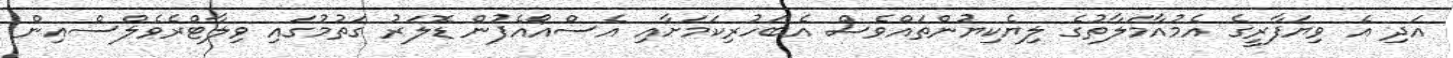
އަދި އެ ވިޔަފާރީގެ އެމުއާމަލާތުގެ ލިޔެކިޔުންތައްވެސް އެބަހުރިކަމަށާއި އެސްއޯއެފުން ޑޮލަރު ގަތުމުގައި ވިލާޓްރެވެލްސްއިން